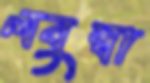
লবুম্বা